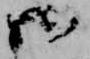
御